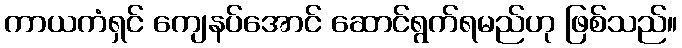
ကာယကံရှင် ကျေနပ်အောင် ဆောင်ရွက်ရမည်ဟု ဖြစ်သည်။